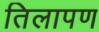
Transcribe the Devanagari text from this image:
तिलापण